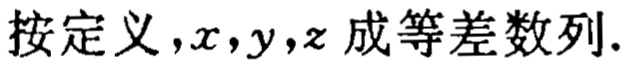
按定义，\(x,y,z\) 成等差数列.